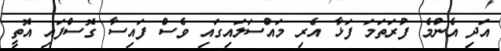
އަދި އެންމެ ފުރަތަމަ ފަޅާ އެރި މައްސަލައިގައި ވެސް ފައިސާ ގޮސްފައި އޮތީ